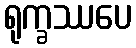
ရုက္ခဿပေ